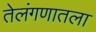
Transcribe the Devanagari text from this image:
तेलंगणातला